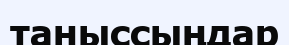
таныссыңдар